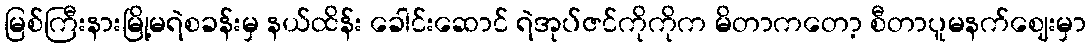
မြစ်ကြီးနားမြို့မရဲစခန်းမှ နယ်ထိန်း ခေါင်းဆောင် ရဲအုပ်ဇင်ကိုကိုက မိတာကတော့ စီတာပူမနက်ဈေးမှာ